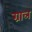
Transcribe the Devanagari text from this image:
ग्राल